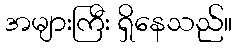
အများကြီး ရှိနေသည်။